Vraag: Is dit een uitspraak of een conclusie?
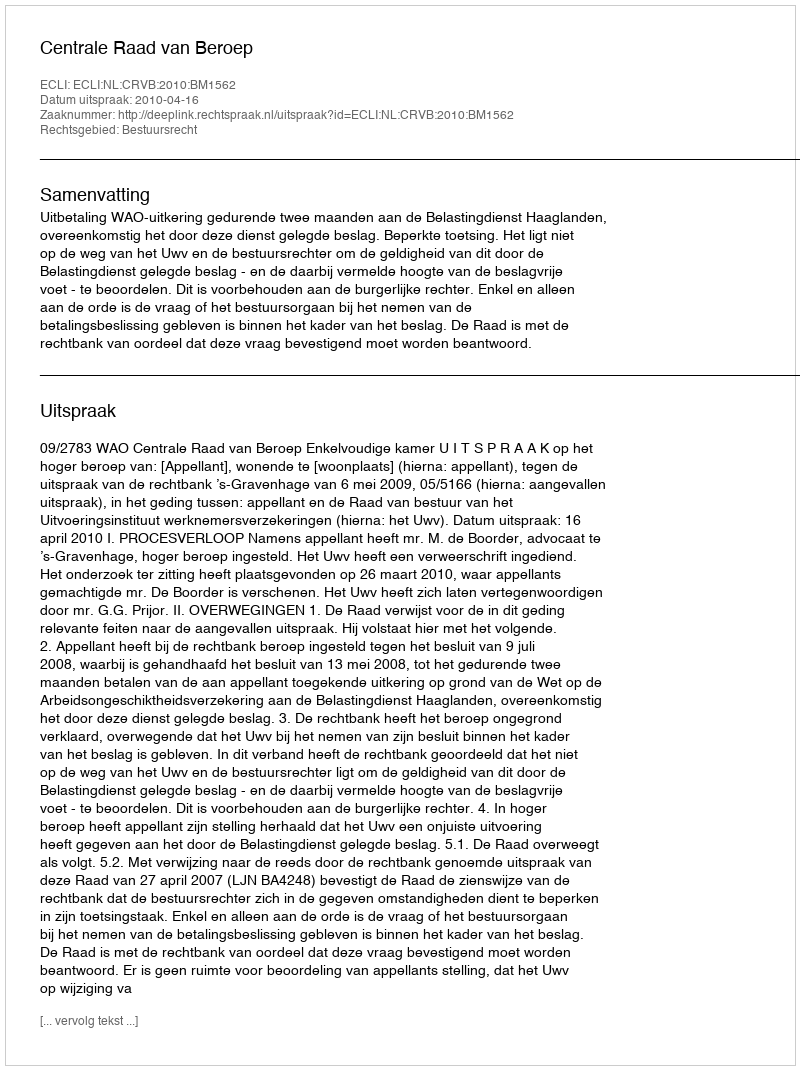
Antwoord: Uitspraak